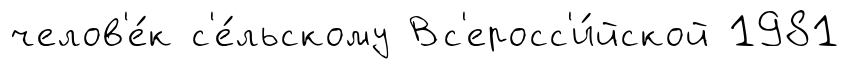
челов'е́к с'е́льскому Вс'еросс'и́йской 1981